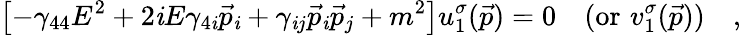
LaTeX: \left[-\gamma_{44}E^{2}+2\mathit{i}E\gamma_{4\mathit{i}}\vec{{p}}_{\mathit{i}}+\gamma_{\mathit{i}j}\vec{{p}}_{\mathit{i}}\vec{{p}}_{j}+m^{2}\right]u_{1}^{\sigma}(\vec{{p}})=0\quad(\mathrm{{or}}\, \, v_{1}^{\sigma}(\vec{{p}}))\quad,